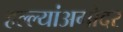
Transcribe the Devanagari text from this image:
हल्ल्यांअगोदर